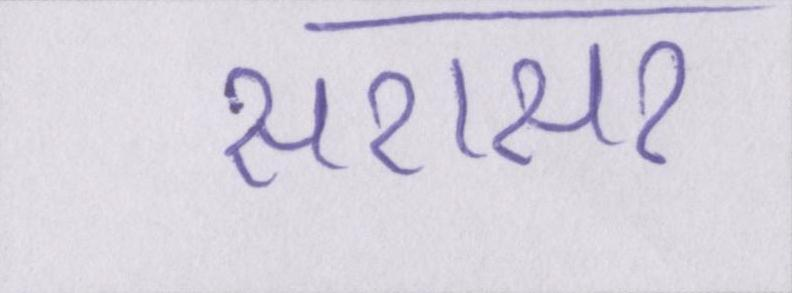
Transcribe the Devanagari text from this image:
सरासर